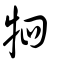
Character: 牭